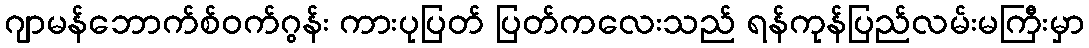
ဂျာမန်ဘောက်စ်ဝက်ဂွန်း ကားပုပြတ် ပြတ်ကလေးသည် ရန်ကုန်ပြည်လမ်းမကြီးမှာ